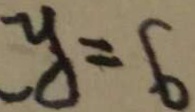
y = 6